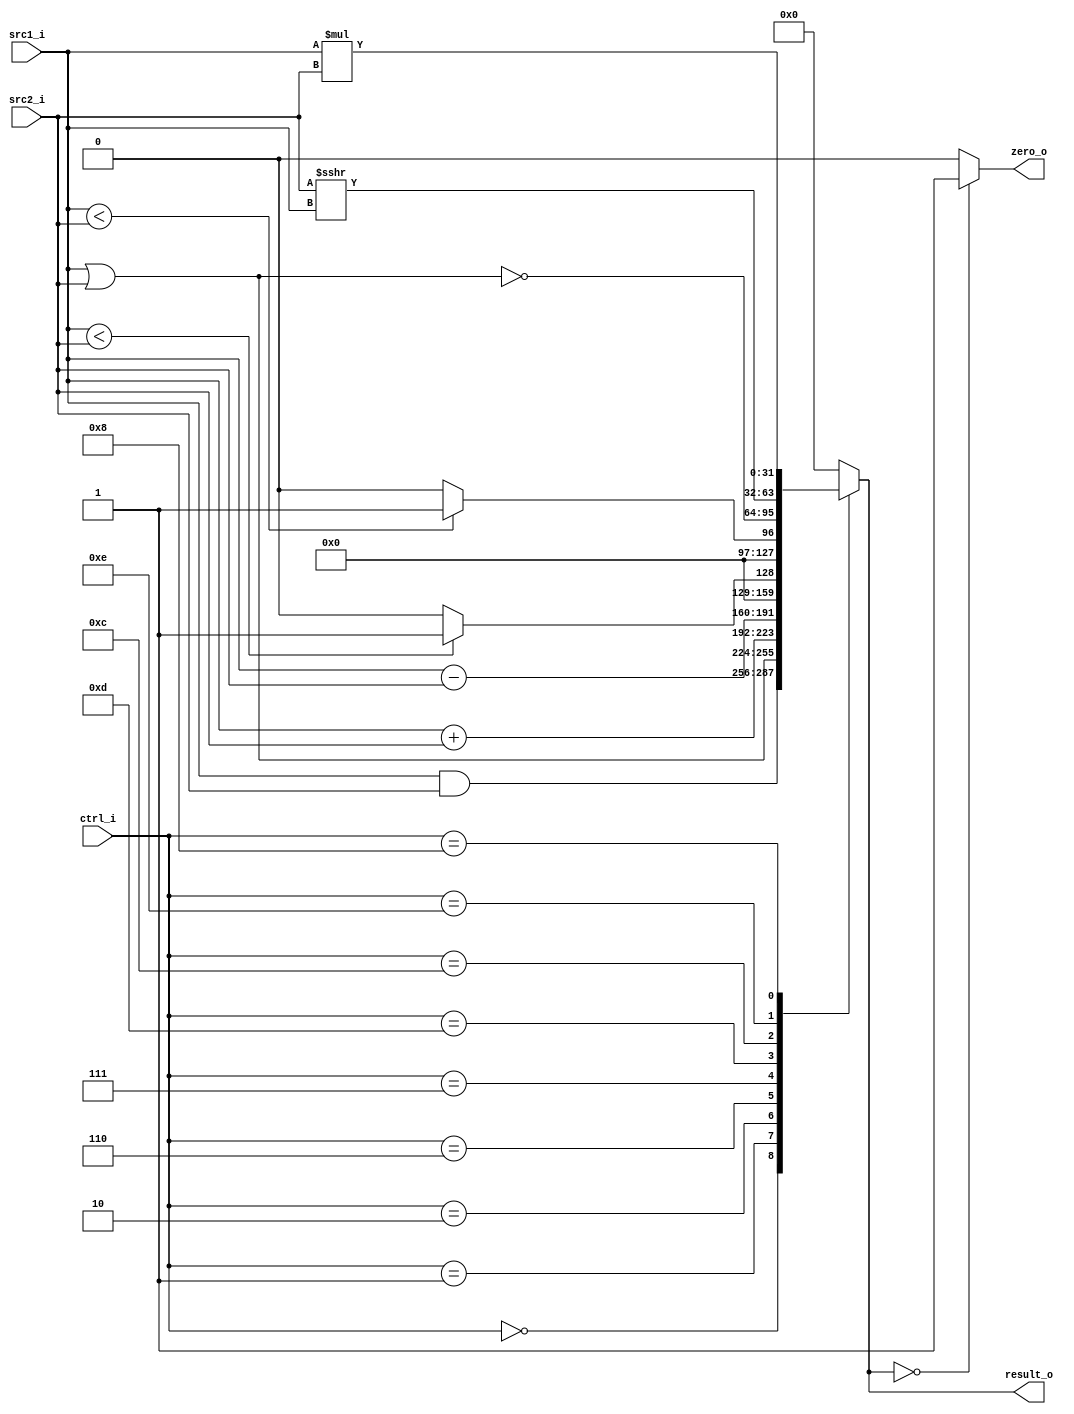
//Subject:     CO project 2 - ALU
//--------------------------------------------------------------------------------
//Version:     1
//--------------------------------------------------------------------------------
//Writer:      
//----------------------------------------------
//Date:        
//----------------------------------------------
//Description: 
//--------------------------------------------------------------------------------
//0316303fM_0316309S
module ALU(
    src1_i,
	src2_i,
	ctrl_i,
	//immed_i,
	result_o,
	zero_o
	);
     
//I/O ports
input  [32-1:0]  src1_i;
input  [32-1:0]  src2_i;
input  [4-1:0]   ctrl_i;
//input   [15:0]		immed_i;

output [32-1:0]	 result_o;
output           zero_o;

//Internal signals
//reg [31:0]src1_i;
//reg [31:0]src2_i;
reg    [32-1:0]  result_o;
wire             zero_o;
wire signed [31:0]tmp1;
assign tmp1 = src2_i;
wire signed [31:0]tmp2;
assign tmp2 = src1_i;
reg [63:0]mul_result;
  
//Parameter
parameter AND = 4'b0000;//0
parameter OR = 4'b0001;//1
parameter ADD = 4'b0010;//2
parameter SUB = 4'b0110;//6
parameter SLT = 4'b0111;//7
parameter NOR = 4'b1100;//12
parameter SLTU = 4'b1101;//13
parameter SHIFT = 4'b1110;//14
//parameter LUI = 4'B1111;//15
parameter MUL = 4'b1000;//8
 
//Main function
assign zero_o = (result_o==32'b0)? 1:0;
always@(*)
begin            
	case(ctrl_i)
	AND: result_o <= src1_i & src2_i;
	OR: result_o <= src1_i | src2_i;
	ADD: result_o <= src1_i + src2_i;
	SUB: result_o <= src1_i - src2_i;
	SLT: result_o <= (tmp2 < tmp1)? 1 : 0;
	SLTU: result_o <= (tmp2 < src2_i)? 1 : 0;
	NOR: result_o <= ~(src1_i | src2_i);
	SHIFT: result_o <= tmp1 >>> src1_i;
	//LUI: result_o <= {immed_i,16'b0};
	MUL: 
	begin
		mul_result = src1_i * src2_i;
		result_o = mul_result[31:0];
	end
	default:
		result_o <= 0;
	endcase
end
endmodule